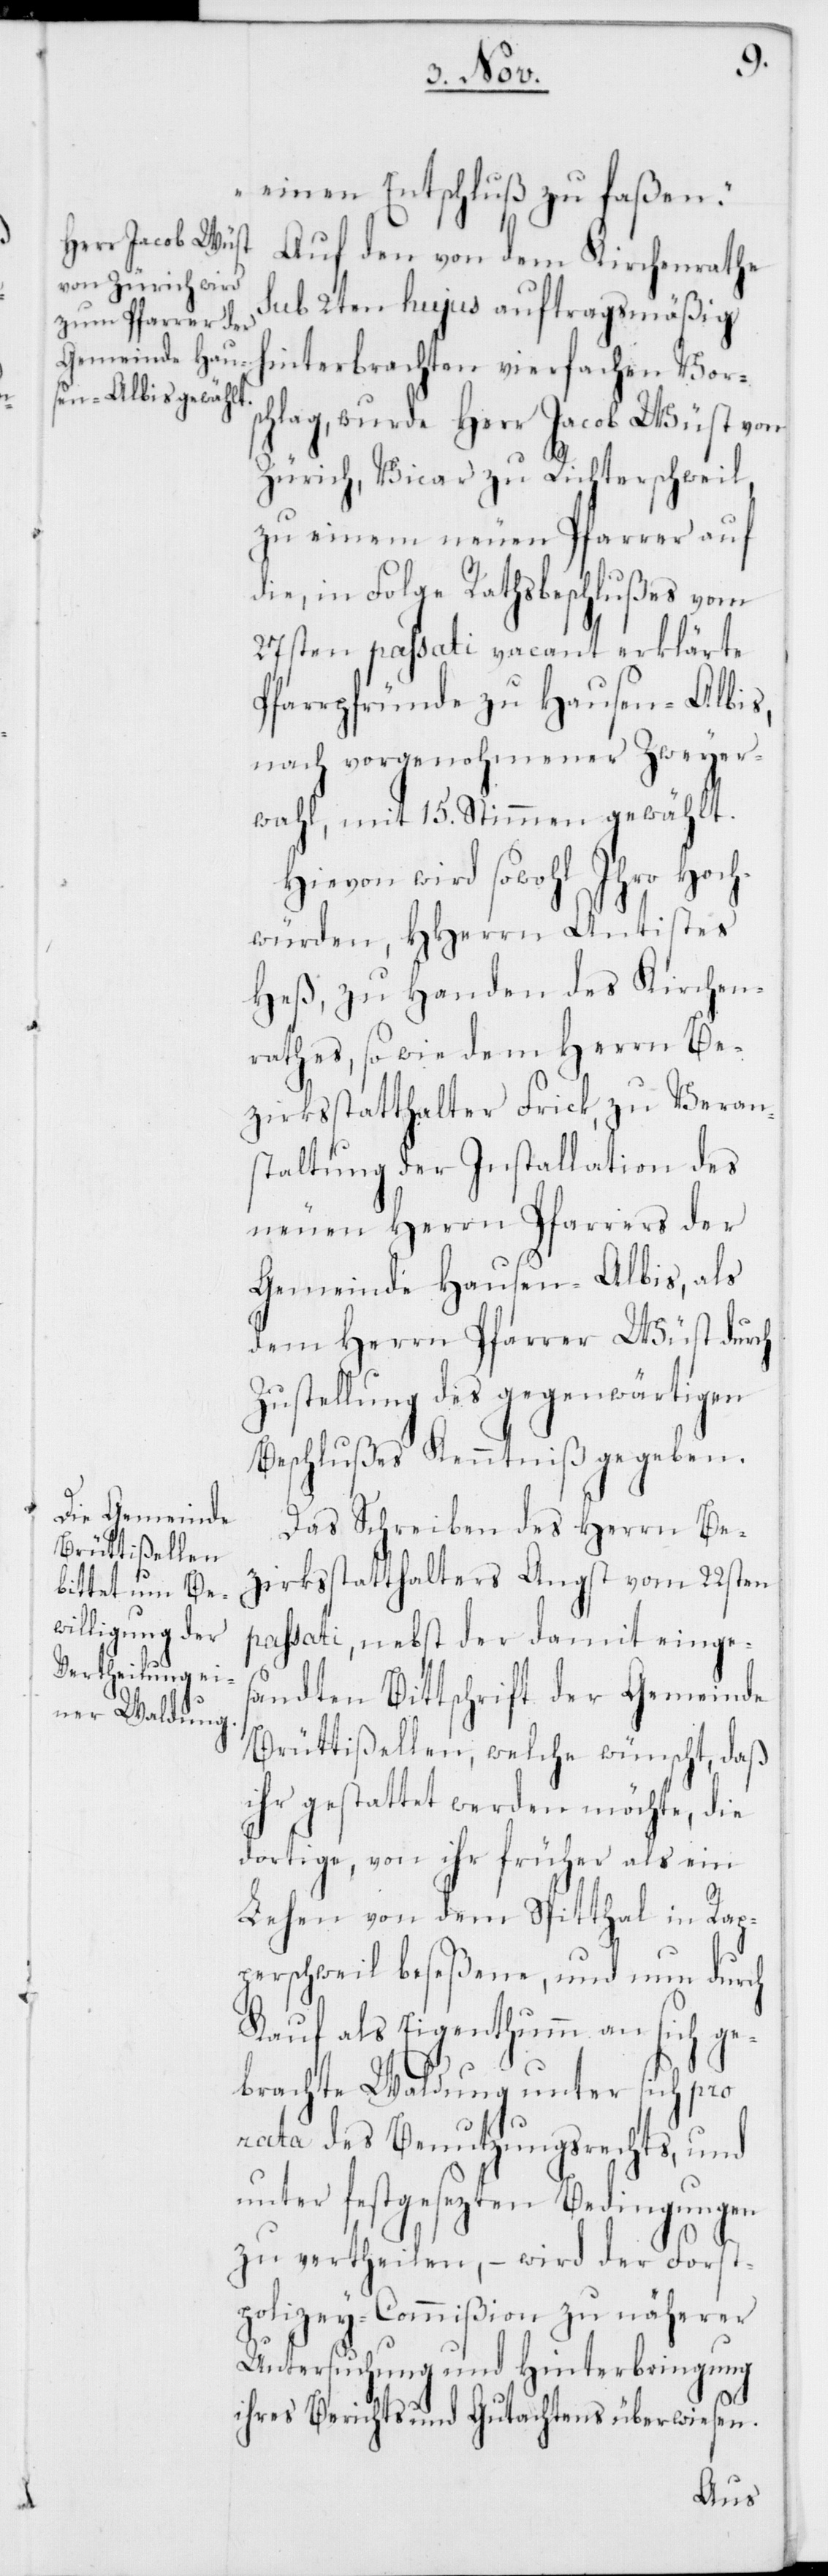
einen Entschluß zu faßen.“
Auf den von dem Kirchenrathe
sub 2ten hujus auftragsmäßig
hinterbrachten vierfachen Vors¬
chlag, wurde Herr Jacob Wüst von
Zürich, Vicar zu Richterschweil,
zu einem neuen Pfarrer auf
die, in Folge Rathsbeschlußes vom
27sten passati vacant erklärte
Pfarrpfründe zu Hausen-Albis,
nach vorgenohmener Zweyer¬
wahl, mit 15. Stimmen gewählt.
Hievon wird sowohl Ihro Hoch¬
würden HHerrn Antistes
Heß, zu Handen des Kirchen¬
rathes, so wie dem Herrn Be¬
zirksstatthalter Frick, zu Veran¬
staltung der Installation des
neuen Herrn Pfarrers der
Gemeinde Hausen-Albis, als
dem Herrn Pfarrer Wüst durch
Zustellung des gegenwärtigen
Beschlußes Kenntniß gegeben.
Das Schreiben des Herrn Be¬
zirksstatthalters Angst vom 22sten
passati, nebst der damit einge¬
sandten Bittschrift der Gemeinde
Brüttißellen, welche wünscht, daß
ihr gestattet werden möchte, die
dortige, von ihr früher als ein
Lehen von dem Spitthal in Rap¬
perschweil beseßene, und nun durch
Kauf als Eigenthumm an sich ge¬
brachte Waldung unter sich pro
rata des Benutzungsrechts, und
unter festgesezten Bedingungen
zu vertheilen, – wird der Forst¬
polizey-Commision zu näherer
Untersuchung und Hinterbringung
ihres Berichts und Gutachtens überwiesen.